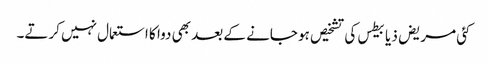
کئی مریض ذیابیطس کی تشخیص ہو جانے کے بعد بھی دوا کا استعمال نہیں‌ کرتے۔